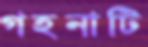
গহনাটি